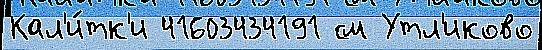
Кал'и́тк'и 41603434191 см Утл'иково